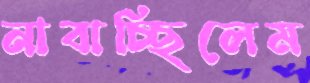
নাবাচ্ছিলেম